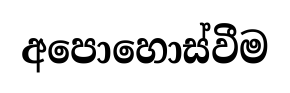
අපොහොස්වීම